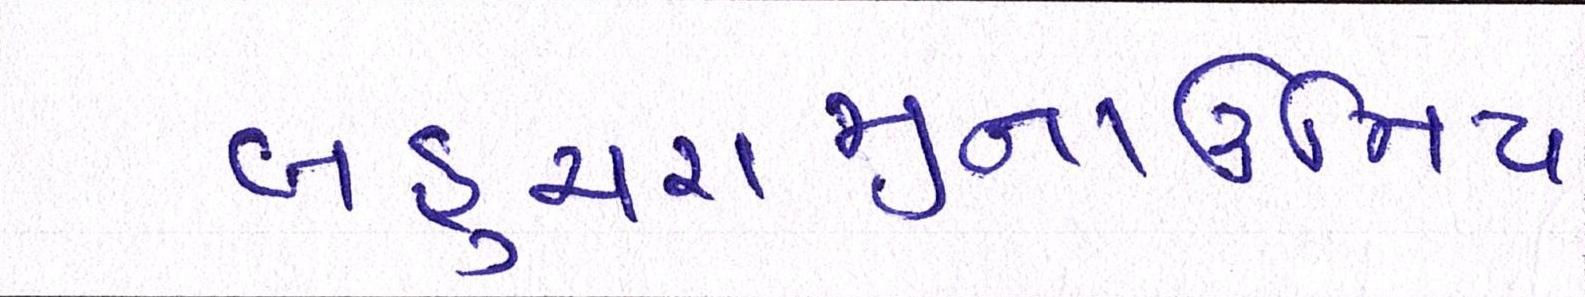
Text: બહુચરાજીનાઉમિયા